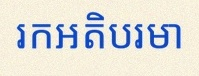
រកអតិបរមា